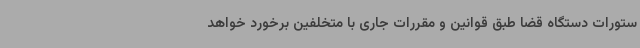
ستورات دستگاه قضا طبق قوانین و مقررات جاری با متخلفین برخورد خواهد